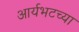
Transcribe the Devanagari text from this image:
आर्यभटच्या